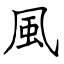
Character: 風